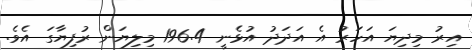
އިރު މިދިޔަ އަހަރު އެ އަދަދު އުޅެނީ 196.4 މިލިޔަން ރުފިޔާގަ އެވެ.